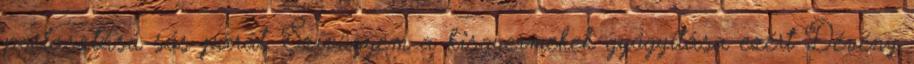
porlasztású sós párát. Szívügyem a kisgyermekek gyógyítása ezért Dévény